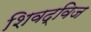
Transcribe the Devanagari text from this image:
शिवद्विज